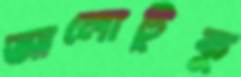
আলোটুকু